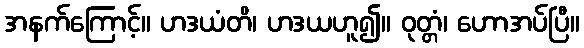
အနက်ကြောင့်။ ဟဒယံတိ၊ ဟဒယဟူ၍။ ဝုတ္တံ၊ ဟောအပ်ပြီ။